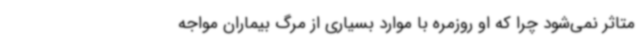
متاثر نمی‌شود چرا که او روزمره با موارد بسیاری از مرگ بیماران مواجه